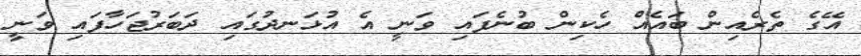
އޭގެ ތެރެއިން ބައެއް ހެކިން ބުނެފައި ވަނީ އެ އުޅަނދުގައި ދަބަރުޖަހާފައި ވަނީ